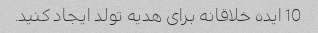
10 ایده خلاقانه برای هدیه تولد ایجاد کنید.